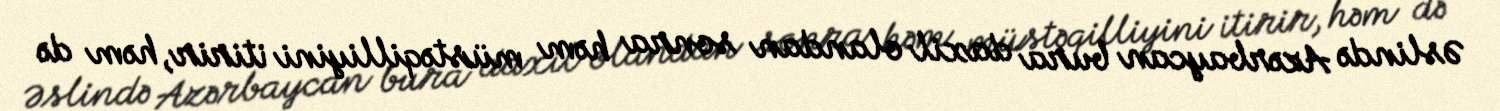
Əslində Azərbaycan bura daxil olandan sonra həm müstəqilliyini itirir, həm də